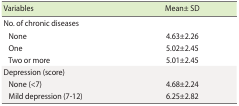
<table><thead><tr><td><b>Variables</b></td><td><b>Mean± SD</b></td></tr></thead><tbody><tr><td>No. of chronic diseases</td><td></td></tr><tr><td> None</td><td>4.63±2.26</td></tr><tr><td> One</td><td>5.02±2.45</td></tr><tr><td> Two or more</td><td>5.01±2.45</td></tr><tr><td>Depression (score)</td><td></td></tr><tr><td> None (&lt;7)</td><td>4.68±2.24</td></tr><tr><td> Mild depression (7-12)</td><td>6.25±2.82</td></tr></tbody></table>